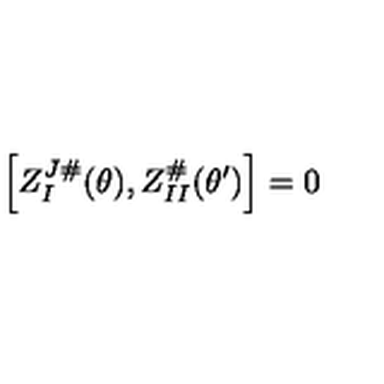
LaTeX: \left[ Z _ { I } ^ { J \# } ( \theta ) , Z _ { I I } ^ { \# } ( \theta ^ { \prime } ) \right] = 0